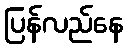
ပြန်လည်နေ